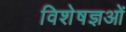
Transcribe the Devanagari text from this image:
विशेषज्ञओं